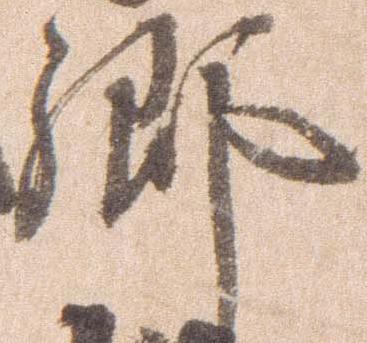
郷